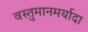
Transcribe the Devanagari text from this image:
वस्तुमानमर्यादा